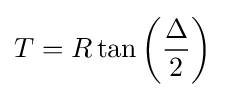
T=R\tan \left({\frac {\Delta }{2}}\right)